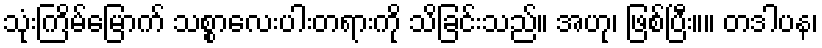
သုံးကြိမ်မြောက် သစ္စာလေးပါးတရားကို သိခြင်းသည်။ အဟု၊ ဖြစ်ပြီး။။ တဒါပန၊